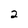
Character: 2